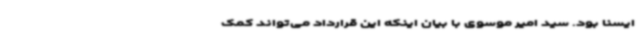
ایسنا بود. سید امیر موسوی با بیان اینکه این قرارداد می‌تواند کمک